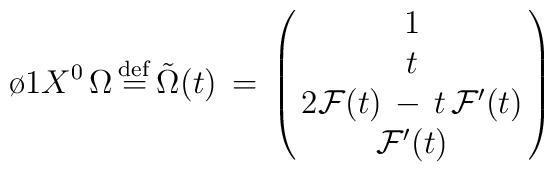
\o{1}{X^0} \, \Omega \,{\stackrel{\rm def}{=}}\, {\tilde \Omega }(t)\, = \,\left ( \matrix {1 \cr t \cr 2{\cal F}(t) \, - \, t \, {\cal F}^{\prime} (t)\cr{\cal F}^{\prime} (t)\cr }\right )